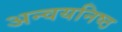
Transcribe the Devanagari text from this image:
अन्वयनिष्ठ